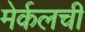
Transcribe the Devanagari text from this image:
मेर्कलची